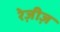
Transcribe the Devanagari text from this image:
रेज़ीज़